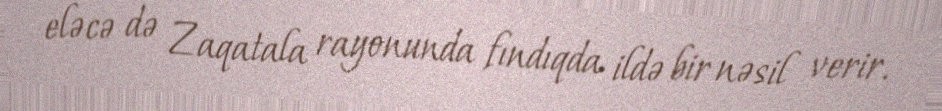
eləcə də Zaqatala rayonunda fındıqda ildə bir nəsil verir.